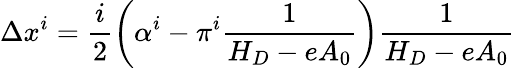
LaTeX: \Delta x^{i}=\frac i2\left(\alpha^{i}-\pi^{i}\frac 1{H_{D}-eA_{0}}\right)\frac 1{H_{D}-eA_{0}}